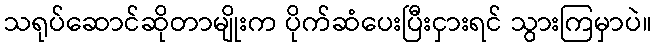
သရုပ်ဆောင်ဆိုတာမျိုးက ပိုက်ဆံပေးပြီးငှားရင် သွားကြမှာပဲ။